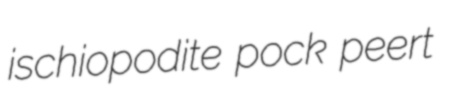
ischiopodite pock peert